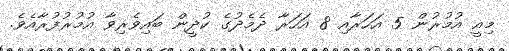
މިއީ އުމުރުން 5 އަހަރާއި 8 އަހަރާ ދެމެދުގެ ކުދީން ބައިވެރިވާ އުމުރުފުރާއެވެ.